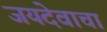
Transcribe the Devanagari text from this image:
जयदेवाचा